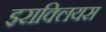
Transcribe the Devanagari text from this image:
इराक्लियस